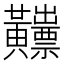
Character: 𪏫